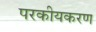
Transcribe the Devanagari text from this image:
परकीयकरण